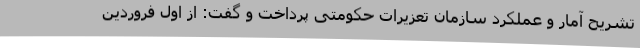
تشریح آمار و عملکرد سازمان تعزیرات حکومتی پرداخت و گفت: از اول فروردین